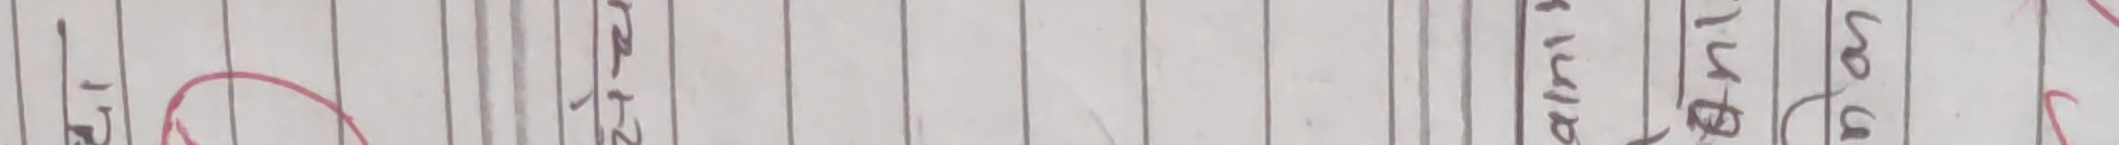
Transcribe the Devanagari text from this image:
१५ जति भए